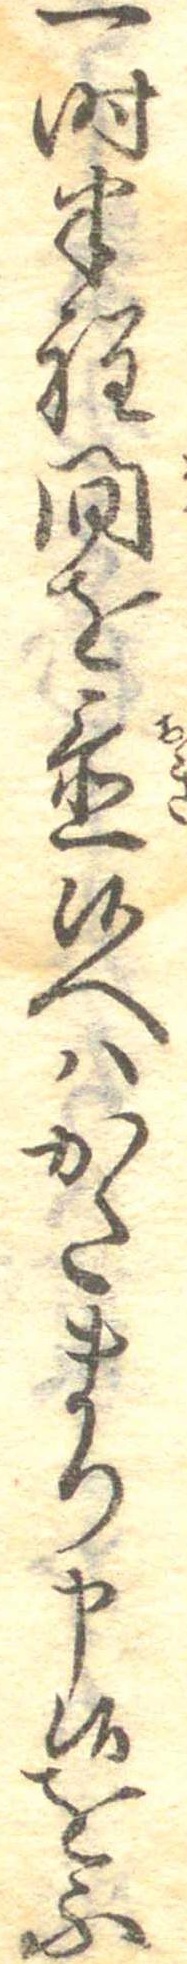
一時半程間を置候へはかたまり申候をふ